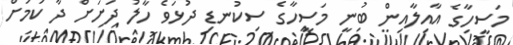
މަސީހާގެ އާއިލާއިން ބުނީ މަސީހާގެ ސިކުނޑި ދުޅަވެ ހާލު ދަށަށް ދާ ކަމަށް